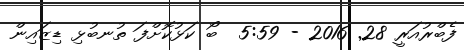
ފެބްރުއަރީ 28